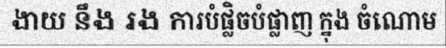
ងាយ នឹង រង ការបំផ្លិចបំផ្លាញ ក្នុង ចំណោម